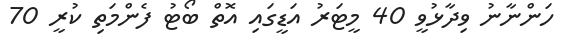
ހަންނާނު ވިދާޅުވީ 40 މީޓަރު އަޑީގައި އޮތް ބޯޓު ފެންމަތި ކުރީ 70